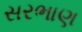
સરભાણ